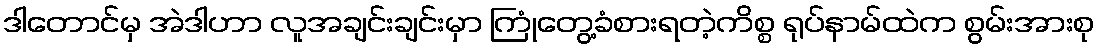
ဒါတောင်မှ အဲဒါဟာ လူအချင်းချင်းမှာ ကြုံတွေ့ခံစားရတဲ့ကိစ္စ ရုပ်နာမ်ထဲက စွမ်းအားစု